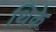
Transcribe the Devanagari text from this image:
थिके